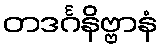
တဒင်္ဂနိဗ္ဗာနံ